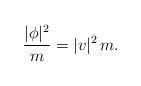
LaTeX: \begin{align*}\frac{|\phi|^2}{m}=|v|^2\, m.\end{align*}